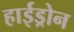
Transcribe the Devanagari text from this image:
हाईड्रोन